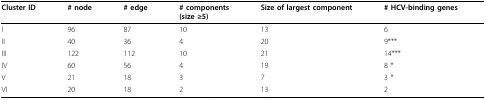
<table><thead><tr><td><b>Cluster ID</b></td><td><b># node</b></td><td><b># edge</b></td><td><b># components(size ≥5)</b></td><td><b>Size of largest component</b></td><td><b># HCV-binding genes</b></td></tr></thead><tbody><tr><td>I</td><td>96</td><td>87</td><td>10</td><td>13</td><td>6</td></tr><tr><td>II</td><td>40</td><td>36</td><td>4</td><td>20</td><td>9***</td></tr><tr><td>III</td><td>122</td><td>112</td><td>10</td><td>21</td><td>14***</td></tr><tr><td>IV</td><td>60</td><td>56</td><td>4</td><td>19</td><td>8 *</td></tr><tr><td>V</td><td>21</td><td>18</td><td>3</td><td>7</td><td>3 *</td></tr><tr><td>VI</td><td>20</td><td>18</td><td>2</td><td>13</td><td>2</td></tr></tbody></table>